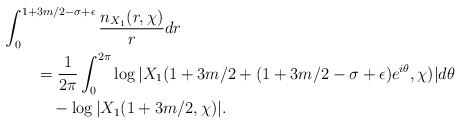
\begin{align*}&\int_0^{1+3m/2-\sigma+\epsilon} \frac{n_{X_1}(r,\chi)}{r} dr \\&\quad\quad= \frac{1}{2\pi} \int_0^{2\pi} \log{ |X_1( 1+3m/2 + (1+3m/2-\sigma+\epsilon)e^{i\theta}, \chi )| } d\theta \\&\quad\quad\quad- \log{|X_1(1+3m/2, \chi)|}.\end{align*}